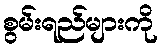
စွမ်းရည်များကို